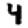
Digit: 4